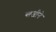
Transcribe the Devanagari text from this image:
खजीने